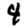
Digit: 4